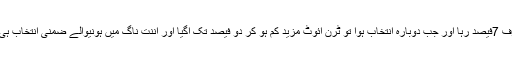
ووٹرز ٹرن آئوٹ صرف 7فیصد رہا اور جب دوبارہ انتخاب ہوا تو ٹرن آئوٹ مزید کم ہو کر دو فیصد تک آگیا اور اننت ناگ میں ہونیوالے ضمنی انتخاب ہی ملتوی کردیئے گئے۔